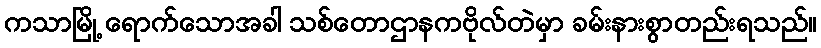
ကသာမြို့ ရောက်သောအခါ သစ်တောဌာနကဗိုလ်တဲမှာ ခမ်းနားစွာတည်းရသည်။